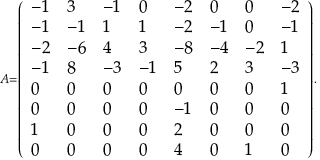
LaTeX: \scriptstyle A = { \left( \begin{array} { l l l l l l l l } { - 1 } & { 3 } & { - 1 } & { 0 } & { - 2 } & { 0 } & { 0 } & { - 2 } \\ { - 1 } & { - 1 } & { 1 } & { 1 } & { - 2 } & { - 1 } & { 0 } & { - 1 } \\ { - 2 } & { - 6 } & { 4 } & { 3 } & { - 8 } & { - 4 } & { - 2 } & { 1 } \\ { - 1 } & { 8 } & { - 3 } & { - 1 } & { 5 } & { 2 } & { 3 } & { - 3 } \\ { 0 } & { 0 } & { 0 } & { 0 } & { 0 } & { 0 } & { 0 } & { 1 } \\ { 0 } & { 0 } & { 0 } & { 0 } & { - 1 } & { 0 } & { 0 } & { 0 } \\ { 1 } & { 0 } & { 0 } & { 0 } & { 2 } & { 0 } & { 0 } & { 0 } \\ { 0 } & { 0 } & { 0 } & { 0 } & { 4 } & { 0 } & { 1 } & { 0 } \end{array} \right) } .